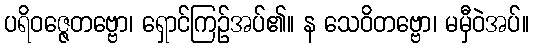
ပရိဝဇ္ဇေတဗ္ဗော၊ ရှောင်ကြဉ်အပ်၏။ န သေဝိတဗ္ဗော၊ မမှီဝဲအပ်။